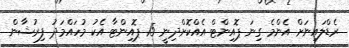
ރެޑްލައިނަށް އެންމެ ގިނަ ޕޮއިންޓް އެއްކޮށްދިނީ 15 ޕޮއިންޓާ އެކު މުހައްމަދު ފިރުޝާން